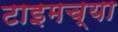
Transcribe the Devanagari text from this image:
टाइमच्या